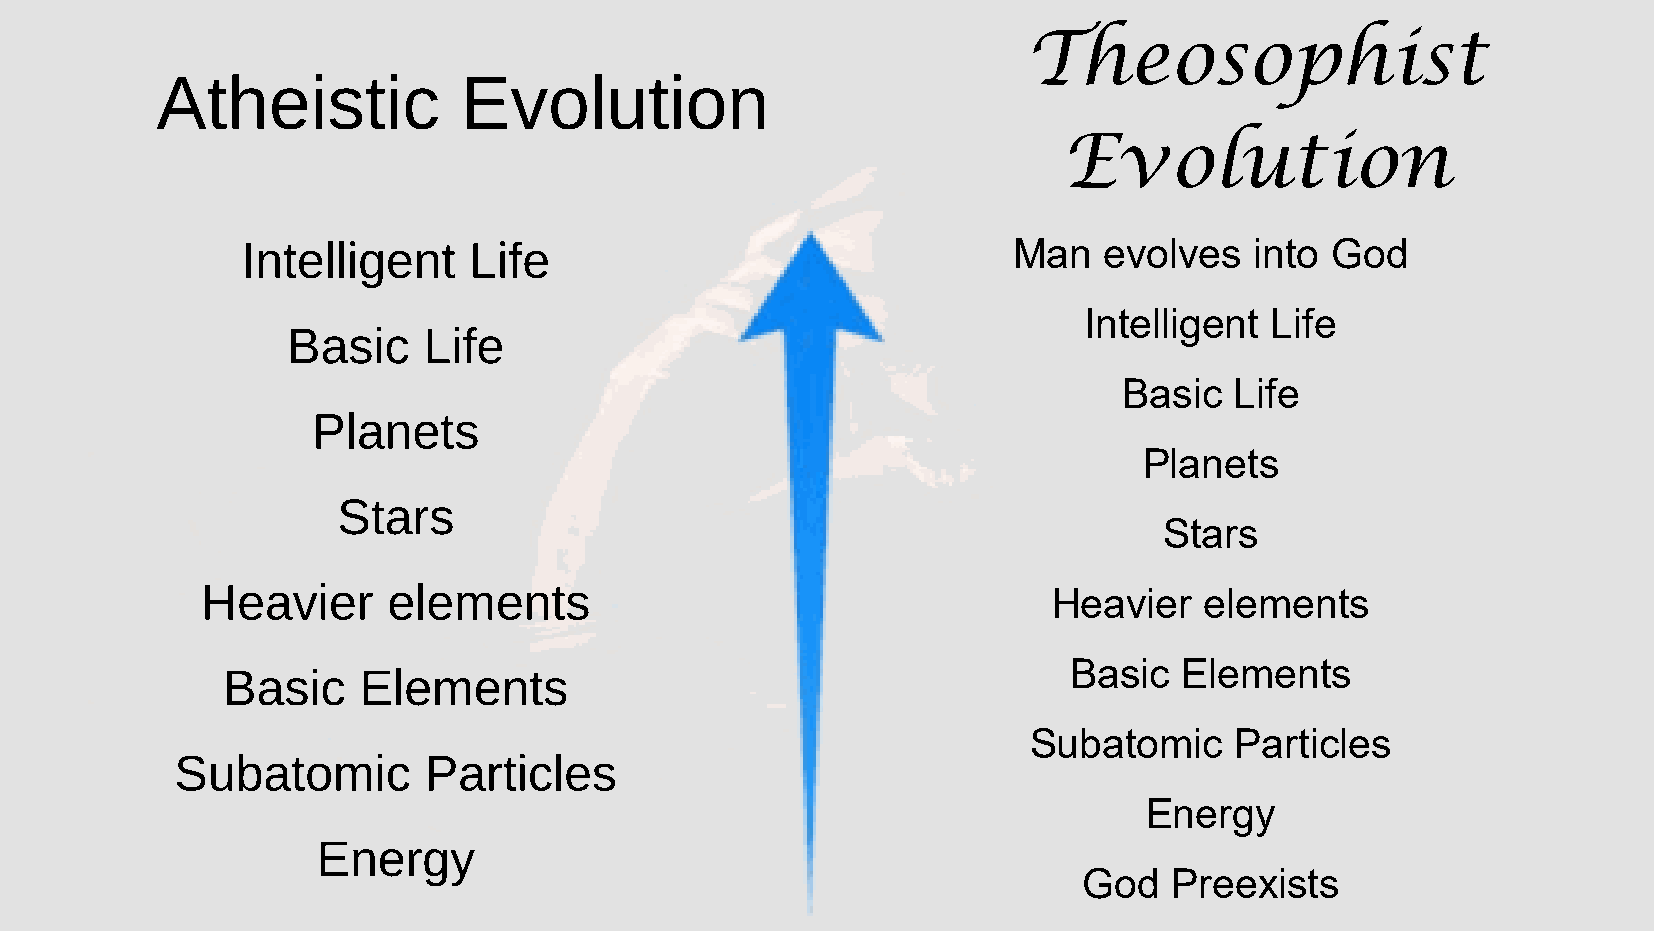
Theosophist
 Atheistic           Evolution
 Evolution
 Intelligent    Life                                Man   evolves   into God
 Intelligent Life
 Basic    Life
 Basic   Life
 Planets
 Planets
 Stars
 Stars
 Heavier      elements                                    Heavier   elements
 Basic  Elements
 Basic    Elements
 Subatomic     Particles
 Subatomic       Particles
 Energy
 Energy
 God   Preexists